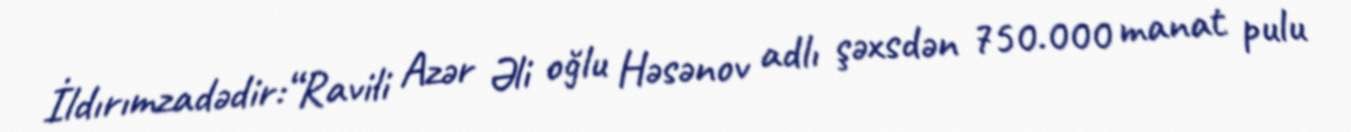
İldırımzadədir:“Ravili Azər Əli oğlu Həsənov adlı şəxsdən 750.000 manat pulu